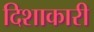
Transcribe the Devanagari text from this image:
दिशाकारी